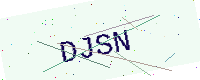
Text: DJSN